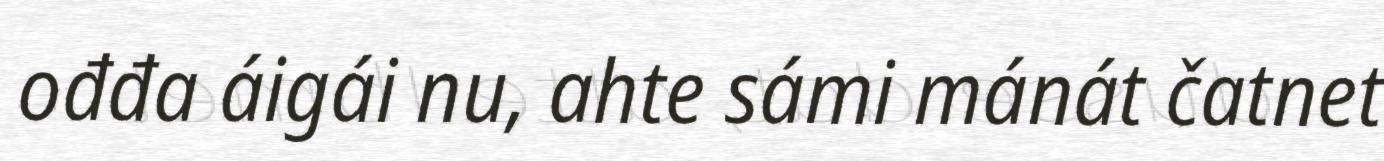
ođđa áigái nu, ahte sámi mánát čatnet